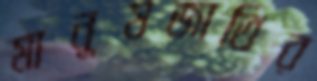
মানুষজাতির